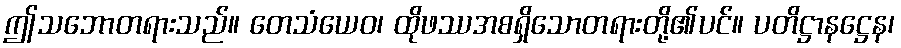
ဤသဘောတရားသည်။ တေသံယေဝ၊ ထိုဖဿအစရှိသောတရားတို့၏ပင်။ ပတိဋ္ဌာနဋ္ဌေန၊